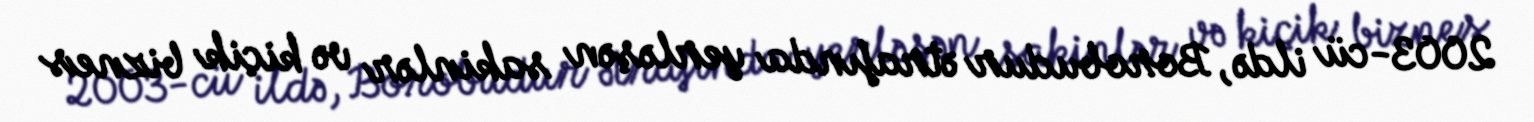
2003-cü ildə, Borobudur ətrafında yerləşən sakinlər və kiçik biznes